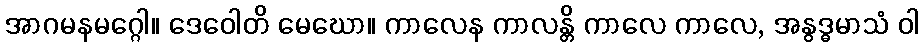
အာဂမနမဂ္ဂေါ။ ဒေဝေါတိ မေဃော။ ကာလေန ကာလန္တိ ကာလေ ကာလေ, အနွဒ္ဓမာသံ ဝါ